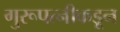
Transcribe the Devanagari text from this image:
गुरूपत्‍नीकडून